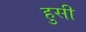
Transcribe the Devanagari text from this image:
हुसी